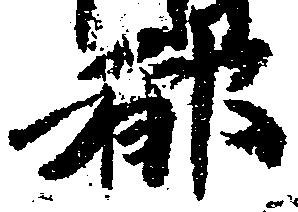
都